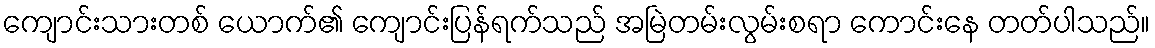
ကျောင်းသားတစ် ယောက်၏ ကျောင်းပြန်ရက်သည် အမြဲတမ်းလွမ်းစရာ ကောင်းနေ တတ်ပါသည်။